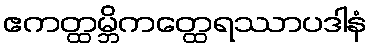
ဧကတ္ထမ္ဘိကတ္ထေရဿာပဒါနံ